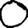
Digit: 0